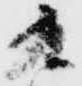
九